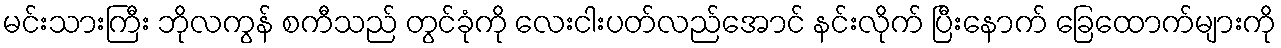
မင်းသားကြီး ဘိုလကွန် စကီသည် တွင်ခုံကို လေးငါးပတ်လည်အောင် နင်းလိုက် ပြီးနောက် ခြေထောက်များကို